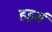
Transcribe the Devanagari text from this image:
हर्ड्स